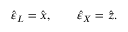
\hat { \varepsilon } _ { L } = \hat { x } , \qquad \hat { \varepsilon } _ { X } = \hat { z } .